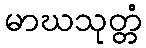
မာဃသုတ္တံ